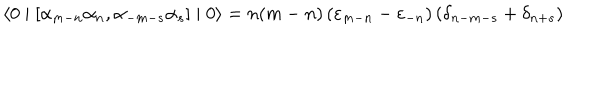
\langle 0 \mid \left[ { \alpha } _ { m - n } { \alpha } _ { n } , { \alpha } _ { - m - s } { \alpha } _ { s } \right] \mid 0 \rangle = n ( m - n ) \left( { \varepsilon } _ { m - n } - { \varepsilon } _ { - n } \right) \left( { \delta } _ { n - m - s } + { \delta } _ { n + s } \right)